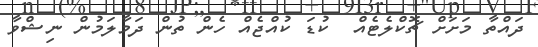
ދައްތާ މަށަށް ޗޮކްލެޓެއް  ކުޑަ ކުއްޖެއް ހެން ތުން ދަމާލަމުން ނިޝްވާ